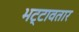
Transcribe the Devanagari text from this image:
भट्टावतार